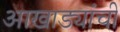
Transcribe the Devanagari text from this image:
आखाड्यांची